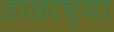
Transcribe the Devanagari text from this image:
डाळाच्या